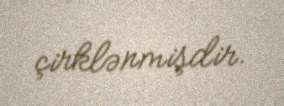
çirklənmişdir.